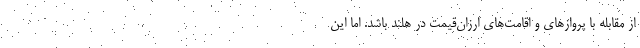
از مقابله با پروازهای و اقامت‌های ارزان‌قیمت در هلند باشد. اما این